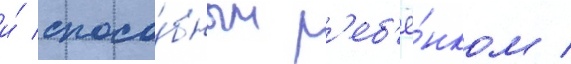
и́ спосо́бным р'еб'ё́нком /